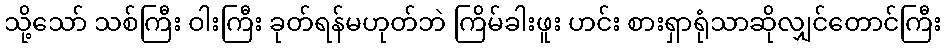
သို့သော် သစ်ကြီး ဝါးကြီး ခုတ်ရန်မဟုတ်ဘဲ ကြိမ်ခါးဖူး ဟင်း စားရှာရုံသာဆိုလျှင်တောင်ကြီး